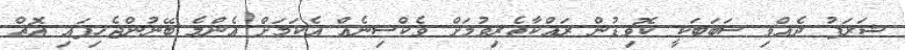
ޝަރަފު ދެއްވި ސަބަބަކީ ކޮވިޑުން ރައްކާތެރިވުމަށް ވެކްސިނެއް އެކަމަށް އެންމެ ބޭނުންޖެހިފައި އޮތް